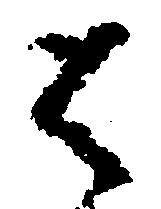
は